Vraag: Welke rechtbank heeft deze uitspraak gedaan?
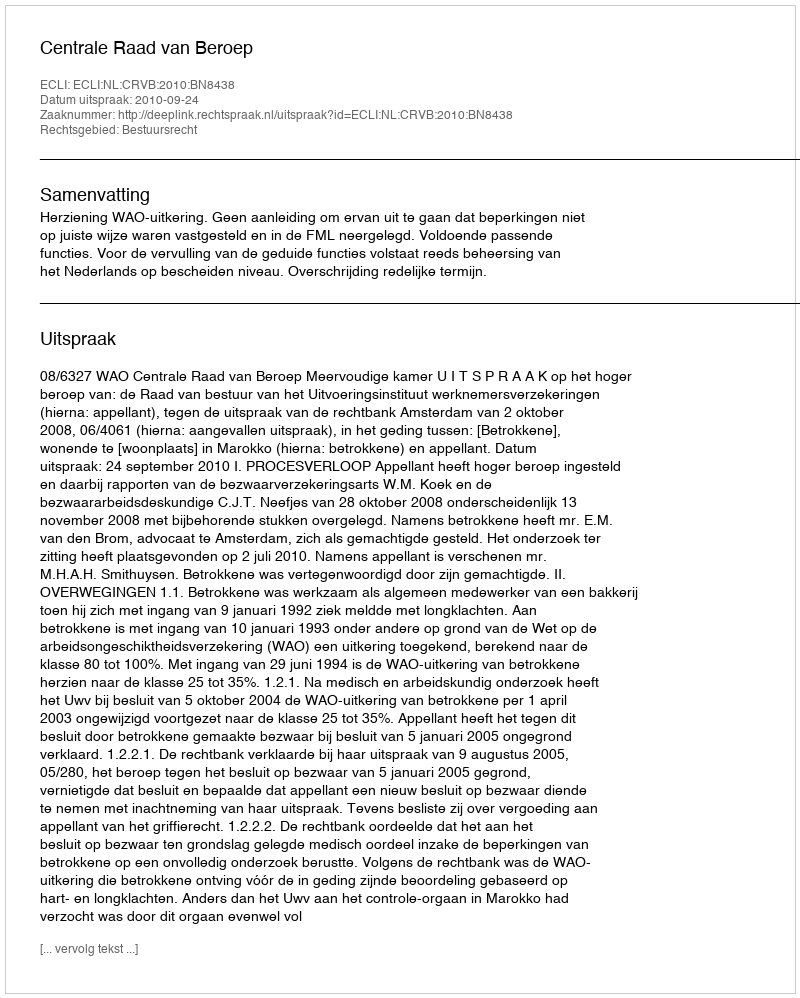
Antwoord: Centrale Raad van Beroep